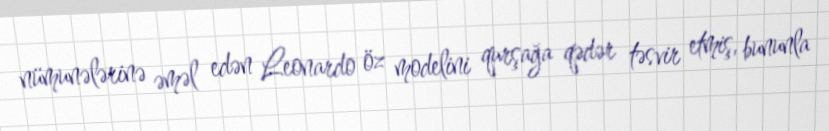
nümunələrinə əməl edən Leonardo öz modelini qurşağa qədər təsvir etmiş, bununla